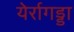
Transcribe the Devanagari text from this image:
येर्रागड्डा